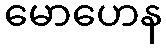
မောဟေန